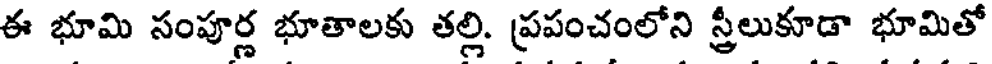
ఈ భూమి సంపూర్ణ భూతాలకు తల్లి. ప్రపంచంలోని స్త్రీలుకూడా భూమితో